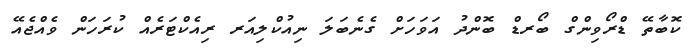
ކޮބާތޭ ޑްރޯވިންގް ބޯރޑް ބޮންދު އަވަހަށް ގެނެބަލަ ނިއުކްލިއަރ ރިއެކްޓަރެއް ކުރަހަން ވެއްޖެއޭ